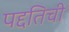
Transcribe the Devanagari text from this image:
पद्दतिची